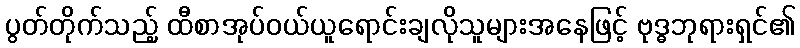
ပွတ်တိုက်သည့် ထီစာအုပ်ဝယ်ယူရောင်းချလိုသူများအနေဖြင့် ဗုဒ္ဓဘုရားရှင်၏